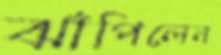
ঝাঁপিলেন